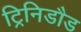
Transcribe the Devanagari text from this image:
ट्रिनिडौड